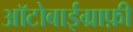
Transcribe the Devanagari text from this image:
आॅटोबाईग्राफ़ी